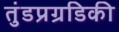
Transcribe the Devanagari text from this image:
तुंडप्रग्रडिकी